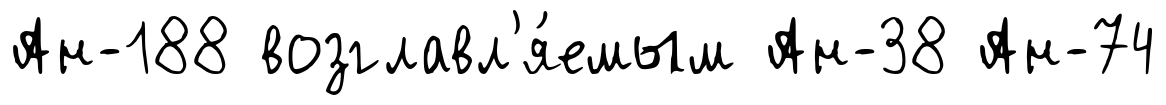
Ан-188 возглавл'я́емым Ан-38 Ан-74